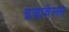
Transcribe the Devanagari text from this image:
इज़ावेल्ला